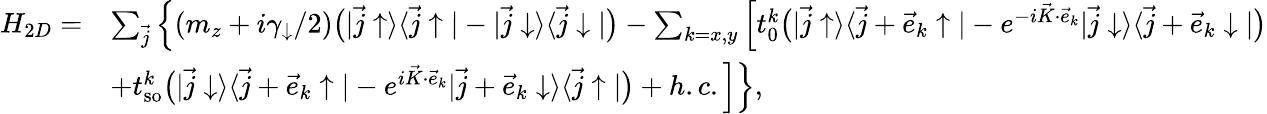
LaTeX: \begin{array}{rl}{H_{2D}=}&{\sum_{\vec{j}}\Big\{ (m_{z}+i\gamma_{\downarrow}/2)\bigr(|\vec{j}\uparrow\rangle\langle\vec{j}\uparrow|-|\vec{j}\downarrow\rangle\langle\vec{j}\downarrow|\bigr)-\sum_{k=x,y}\Big[t_{0}^{k}\bigr(|\vec{j}\uparrow\rangle\langle\vec{j}+\vec{e}_{k}\uparrow|-e^{-i\vec{K}\cdot\vec{e}_{k}}|\vec{j}\downarrow\rangle\langle\vec{j}+\vec{e}_{k}\downarrow|\bigr)}\\ &{+t_{\mathrm{so}}^{k}\bigr(|\vec{j}\downarrow\rangle\langle\vec{j}+\vec{e}_{k}\uparrow|-e^{i\vec{K}\cdot\vec{e}_{k}}|\vec{j}+\vec{e}_{k}\downarrow\rangle\langle\vec{j}\uparrow|\bigr)+h.c.\Big]\Big\} ,}\end{array}